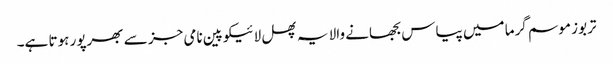
تربوز موسم گرما میں پیاس بجھانے والا یہ پھل لائیکوپین نامی جز سے بھرپور ہوتا ہے۔